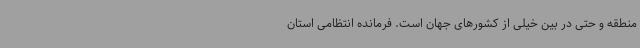
منطقه و حتی در بین خیلی از کشورهای جهان است. فرمانده انتظامی استان